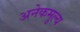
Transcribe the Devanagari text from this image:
अनेकमुल्य